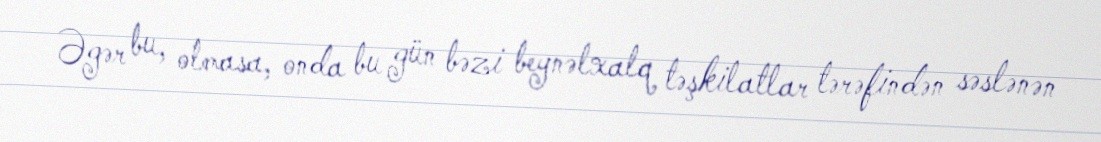
Əgər bu, olmasa, onda bu gün bəzi beynəlxalq təşkilatlar tərəfindən səslənən